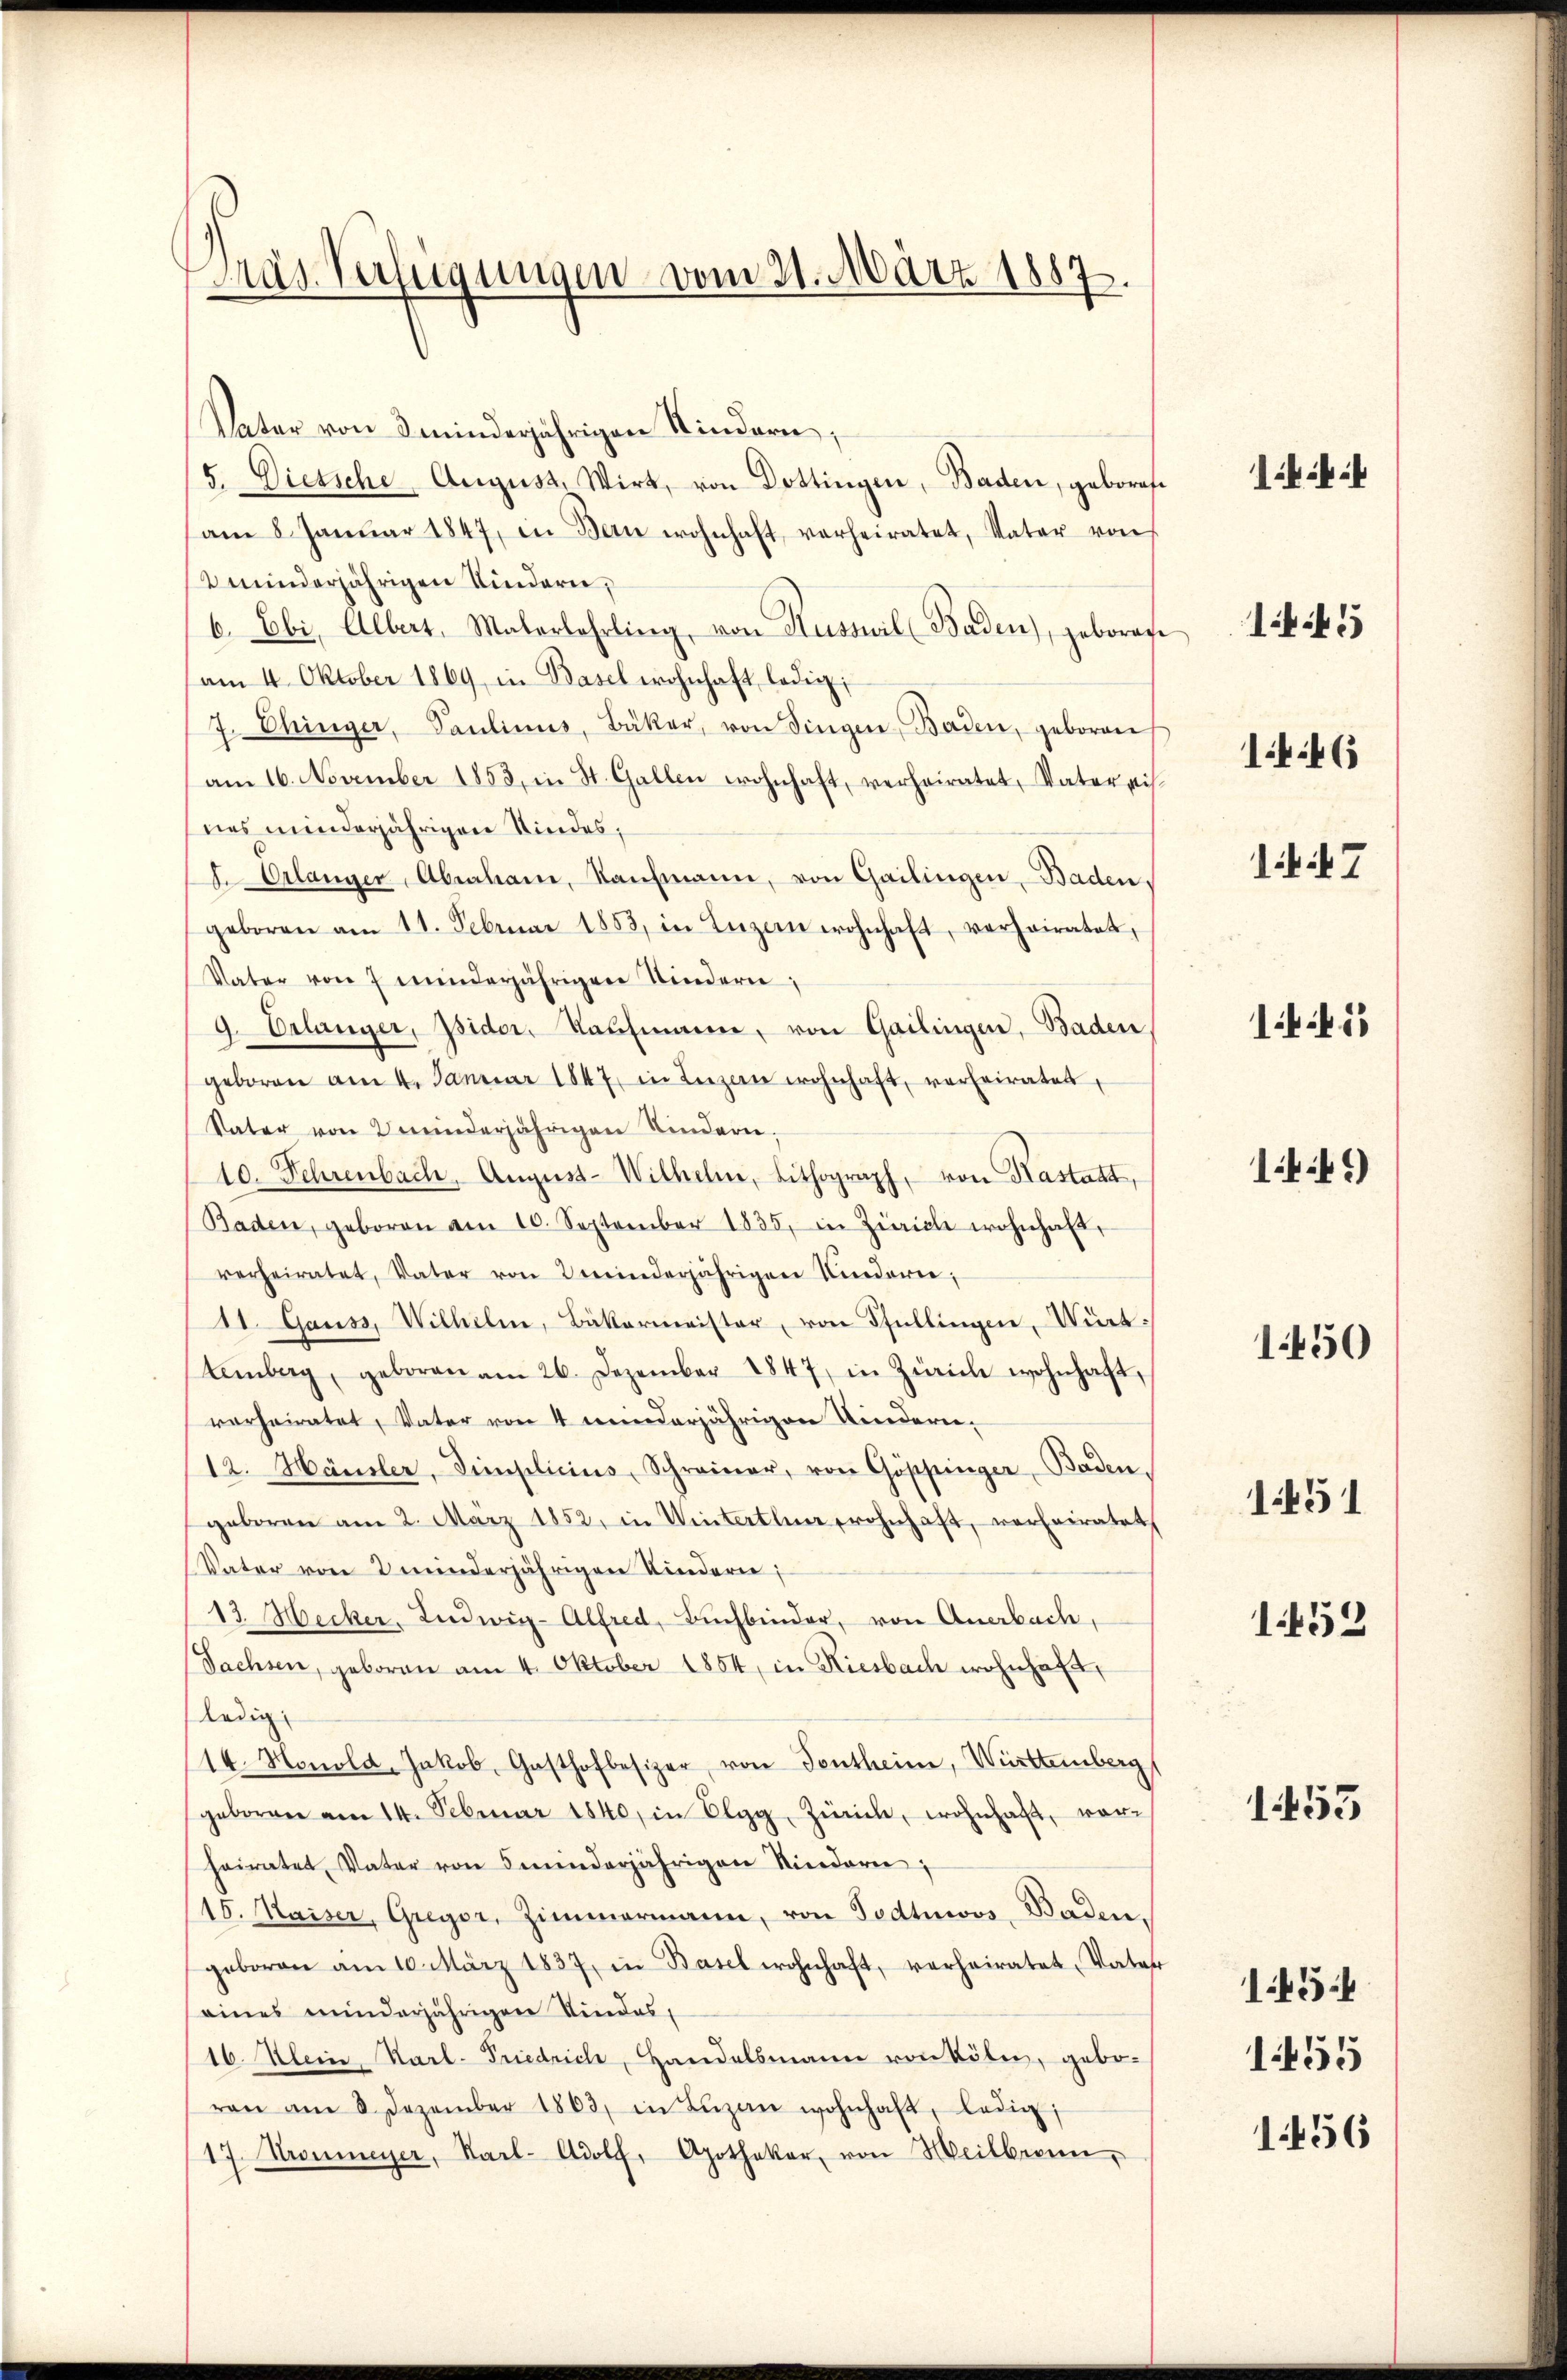
Prag. Verfügungen vom 21. März 1887.

Vater von minderjährigen Kindern,
5. Dietsche August. Wirt, von Dottingen, Baden, gebore
am 8. Janŭar 1847, in Bern wohnhaft verheiratet, Vater von
eminderjährigen Kindern,
6. Ebi, Albert, Malerlehrling, von Husswil (Baden), geborene
am 4. Oktober 1869 in Basel wohnhaft ledig,
7. Chinger, Paulinus, Bäker, von Fingen, Baden, geboren
am 16. November 1853, in St. Gallen wohnhaft, verheiratet, Vateris
nes minderjährigen Kindes,
 Erlanger, Abraham, Kaŭfmann, von Gailingen Baden,
geboren am 11. Februar 1853, in Luzern wohnhaft, verheiratet,
Vater von 2 minderjährigen Kindern,
9. Erlanger, pider, Kaufmann, von Gailingen, Baden,
geboren am 4. Januar 1847 in Luzern wohnhaft, verheiratet,
Vater von 2 minderjährigen Kindern.
10. Fehrenbach, August-Wilhelm, Lithograph, von Kastatt,
Baden, geboren am 10. September 1835. in Zürich wohnhaft,
verheiratet, Vater von 2 minderjährigen Kinderer,
11. Gauss, Wilhelm, Bäkermeister, von Pfullingen, Wirt:
temberg, geboren am 26. Dezember 1847 in Zürich wohnhaft,
verheiratet, Vater von 4 minderjährigen Kindern-
12. Hänsler, Simplicius, Schreiner, von Göppinger Baden,
geboren am 2. März 1852, in Winterthur wohnhaft, verheiratet,
Vater von 2 minderjährigen Kindern;
13. Hecker, Ludwig-Alfred, Bŭchbinder, von Anerbach,
Sachsen, geboren am 4. Oktober 1854, in Riesbach wohnhaft,
ledig
14. Honold, Jakob, Gasthofbesizer, von Tontheim, Württemberg
geboren am 14. Februar 1840, in Elgg, Zürich, wohnhaft, vor-
heiratet, Vater von minderjährigen Niedern;
15. Kaiser, Gregor, Zimmermann, von Todtnwos Baden,
geboren am 10. März 1837, in Basel wohnhaft, verheiratet, Vater
eines minderjährigen Kindes,
16. Klein Karl-Friedrich, Handelsmann von Kölen, gebo-
ren am 3. Dezember 1863, in Lŭzan wohnhaft, ledig,
17. Kronmeyer, Karl- Adolf, Apothekar, von Weilbronn,

144

141

1446

17

1451

1441)

1450

1451

1452

1453

1454

1455

1456